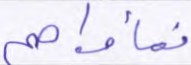
فمأواهم